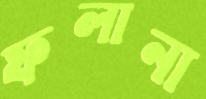
ফলানা